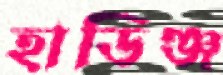
হাডিঞ্জ